Civil Veterinary Dept. Assam report 1927-50 - 1927-1950
Year: 1927
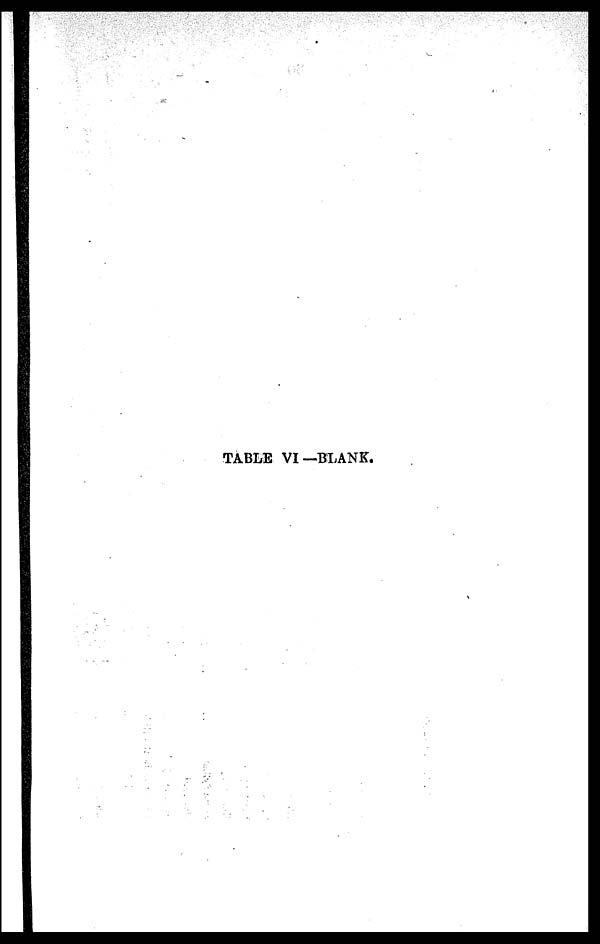
TABLE VI—BLANK.